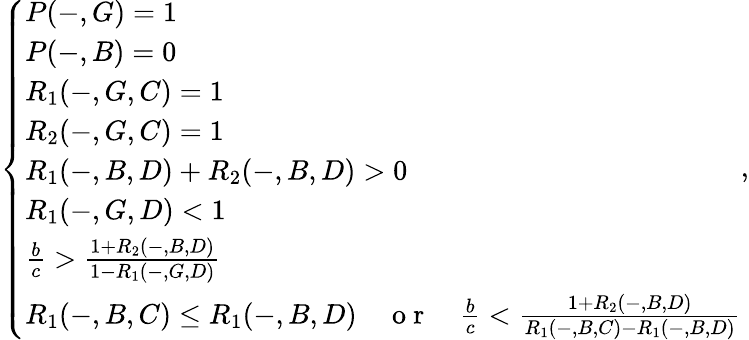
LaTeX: \left\{ \begin{array}{ll}{P(-,G)=1}\\ {P(-,B)=0}\\ {R_{1}(-,G,C)=1}\\ {R_{2}(-,G,C)=1}\\ {R_{1}(-,B,D)+R_{2}(-,B,D)>0}\\ {R_{1}(-,G,D)<1}\\ {\frac{b}{c}>\frac{1+R_{2}(-,B,D)}{1-R_{1}(-,G,D)}}\\ {R_{1}(-,B,C)\leq R_{1}(-,B,D){\quad\mathrm{~o~r~}\quad}\frac{b}{c}<\frac{1+R_{2}(-,B,D)}{R_{1}(-,B,C)-R_{1}(-,B,D)}}\end{array}\right.,